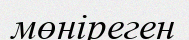
мөніреген